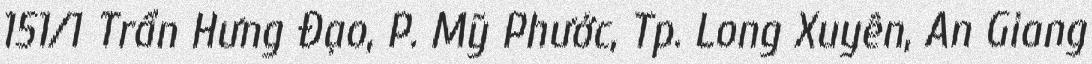
151/1 Trần Hưng Đạo, P. Mỹ Phước, Tp. Long Xuyên, An Giang